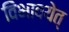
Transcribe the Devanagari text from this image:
विभावयेत्